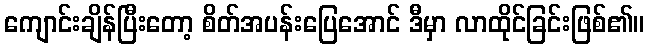
ကျောင်းချိန်ပြီးတော့ စိတ်အပန်းပြေအောင် ဒီမှာ လာထိုင်ခြင်းဖြစ်၏။